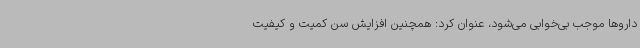
داروها موجب بی‌خوابی می‌شود، عنوان کرد: همچنین افزایش سن کمیت و کیفیت